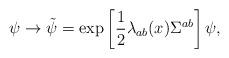
LaTeX: \begin{align*} \psi\to \tilde{\psi}=\exp\left[\frac{1}{2}\lambda_{ab}(x)\Sigma^{ab}\right]\psi,\end{align*}